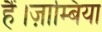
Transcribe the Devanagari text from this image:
हैं।ज़ाम्बिया